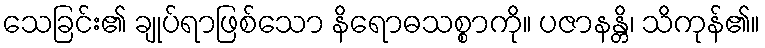
သေခြင်း၏ ချုပ်ရာဖြစ်သော နိရောဓသစ္စာကို။ ပဇာနန္တိ၊ သိကုန်၏။